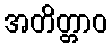
အတိတ္တာဝ